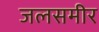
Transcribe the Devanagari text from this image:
जलसमीर